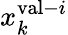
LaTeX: x_{k}^{\mathrm{val}-i}